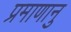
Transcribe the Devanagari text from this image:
प्रमाणानु